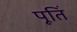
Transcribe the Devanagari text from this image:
पूतिं